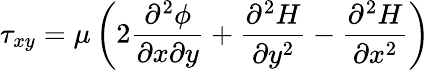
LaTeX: \tau_{xy}=\mu\left(2\frac{\partial^{2}\phi}{\partial x\partial y}+\frac{\partial^{2}H}{\partial y^{2}}-\frac{\partial^{2}H}{\partial x^{2}}\right)